Indian journal of veterinary science and animal husbandry - Volumes 24-25, 1954-1955
Year: 1954
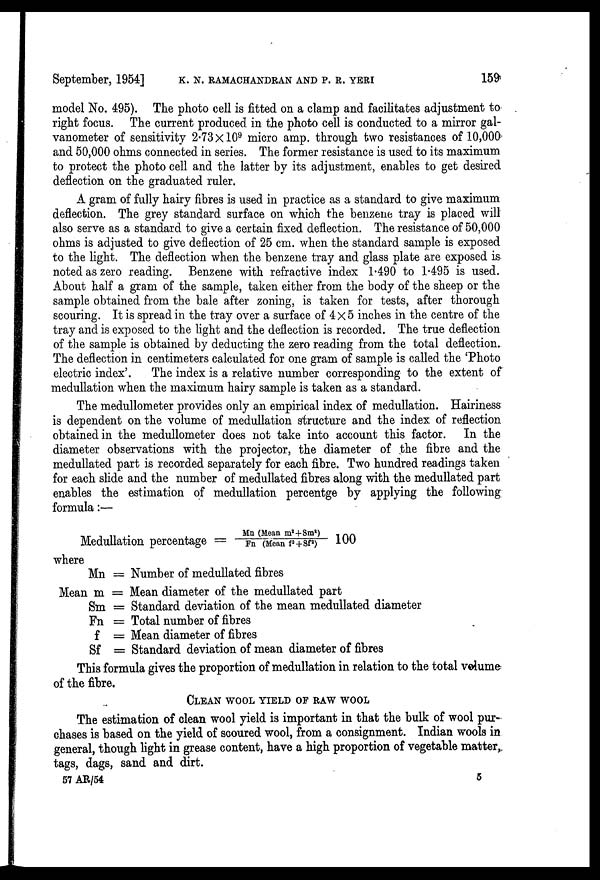
September, 1954] K. N. RAMACHANDRAN AND P. R. YERI 159
model No. 495). The photo cell is fitted on a clamp and facilitates adjustment to
right focus. The current produced in the photo cell is conducted to a mirror gal-
vanometer of sensitivity 2.73 X 10 9 micro amp. through two resistances of 10,000
and 50,000 ohms connected in series. The former resistance is used to its maximum
to protect the photo cell and the latter by its adjustment, enables to get desired
deflection on the graduated ruler.
A gram of fully hairy fibres is used in practice as a standard to give maximum
deflection. The grey standard surface on which the benzene tray is placed will
also serve as a standard to give a certain fixed deflection. The resistance of 50,000
ohms is adjusted to give deflection of 25 cm. when the standard sample is exposed
to the light. The deflection when the benzene tray and glass plate are exposed is
noted as zero reading. Benzene with refractive index 1.490 to 1.495 is used.
About half a gram of the sample, taken either from the body of the sheep or the
sample obtained from the bale after zoning, is taken for tests, after thorough
scouring. It is spread in the tray over a surface of 4 X 5 inches in the centre of the
tray and is exposed to the light and the deflection is recorded. The true deflection
of the sample is obtained by deducting the zero reading from the total deflection.
The deflection in centimeters calculated for one gram of sample is called the 'Photo
electric index'.
The index is a relative number corresponding to the extent of
medullation when the maximum hairy sample is taken as a standard.
The medullometer provides only an empirical index of medullation. Hairiness
is dependent on the volume of medullation structure and the index of reflection
obtained in the medullometer does not take into account this factor.
In the
diameter observations with the projector, the diameter of the fibre and the
medullated part is recorded separately for each fibre. Two hundred readings taken
for each slide and the number of medullated fibres along with the medullated part
enables the estimation of medullation percentge by applying the following
formula:—
Medullation percentage = Mn ( Me a n m 2 + S m 2 ) / Fn (Meanf 2 +sf 2 )
100
where
Mn = Number of medullated fibres
Mean m = Mean diameter of the medullated part
Sm = Standard deviation of the mean medullated diameter
Fn = Total number of fibres
f = Mean diameter of fibres
Sf = Standard deviation of mean diameter of fibres
This formula gives the proportion of medullation in relation to the total volume
of the fibre.
CLEAN WOOL YIELD OF RAW WOOL
The estimation of clean wool yield is important in that the bulk of wool pur-
chases is based on the yield of scoured wool, from a consignment. Indian wools in
general, though light in grease content, have a high proportion of vegetable matter,
tags, dags, sand and dirt.
57 AR/54 5